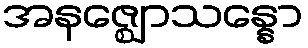
အနဇ္ဈောသန္နော